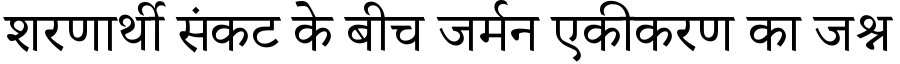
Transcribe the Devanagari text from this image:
शरणार्थी संकट के बीच जर्मन एकीकरण का जश्न